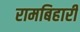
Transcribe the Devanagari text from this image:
रामबिहारी